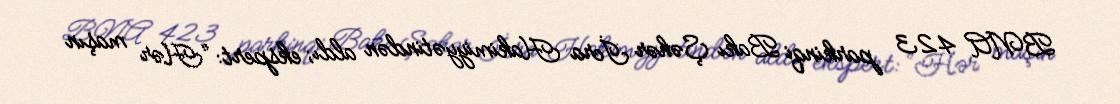
BNA 423 parkinqi Bakı Şəhər İcra Hakimiyyətindən aldı; ekspert: “Hər maşın